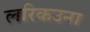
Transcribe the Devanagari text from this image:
लरिकउना